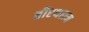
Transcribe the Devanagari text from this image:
तीरथराम